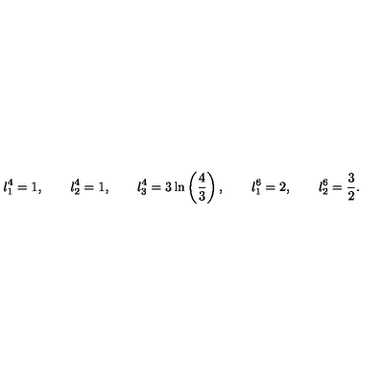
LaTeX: l _ { 1 } ^ { 4 } = 1 , \qquad l _ { 2 } ^ { 4 } = 1 , \qquad l _ { 3 } ^ { 4 } = 3 \ln \left( \frac { 4 } { 3 } \right) , \qquad l _ { 1 } ^ { 6 } = 2 , \qquad l _ { 2 } ^ { 6 } = \frac { 3 } { 2 } .